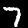
Digit: 7